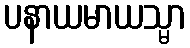
ပနာယမာယသ္မာ